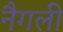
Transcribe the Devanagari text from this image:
नैगली